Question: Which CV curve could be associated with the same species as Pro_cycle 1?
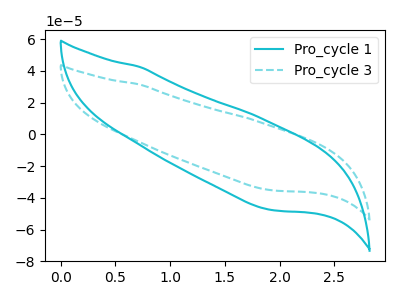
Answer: <think>The cyan curve "Pro_cycle 1" has no peaks. The cyan dashed curve "Pro_cycle 3" has no peaks.
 Neither "Pro_cycle 1" or "Pro_cycle 3" have any peaks.</think>
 <answer>The CV with the most similar shape to "Pro_cycle 3" is "Pro_cycle 1".</answer>
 <eval>"Pro_cycle 1"</eval>